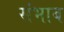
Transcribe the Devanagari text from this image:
संभाब